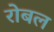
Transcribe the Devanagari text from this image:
रोबल